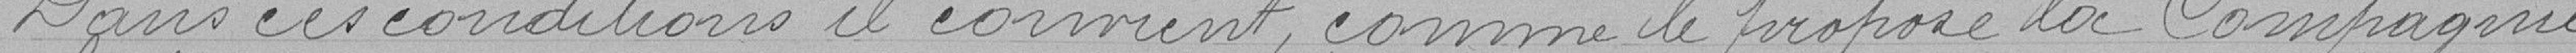
Dans ces conditions, il convient , comme le propose la Compagnie